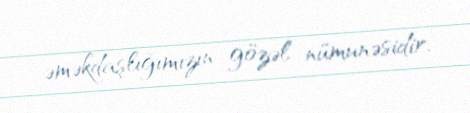
əməkdaşlığımızın gözəl nümunəsidir.